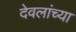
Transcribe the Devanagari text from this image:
देवलांच्या